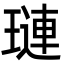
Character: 璉